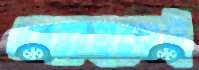
আল্লাহকেই